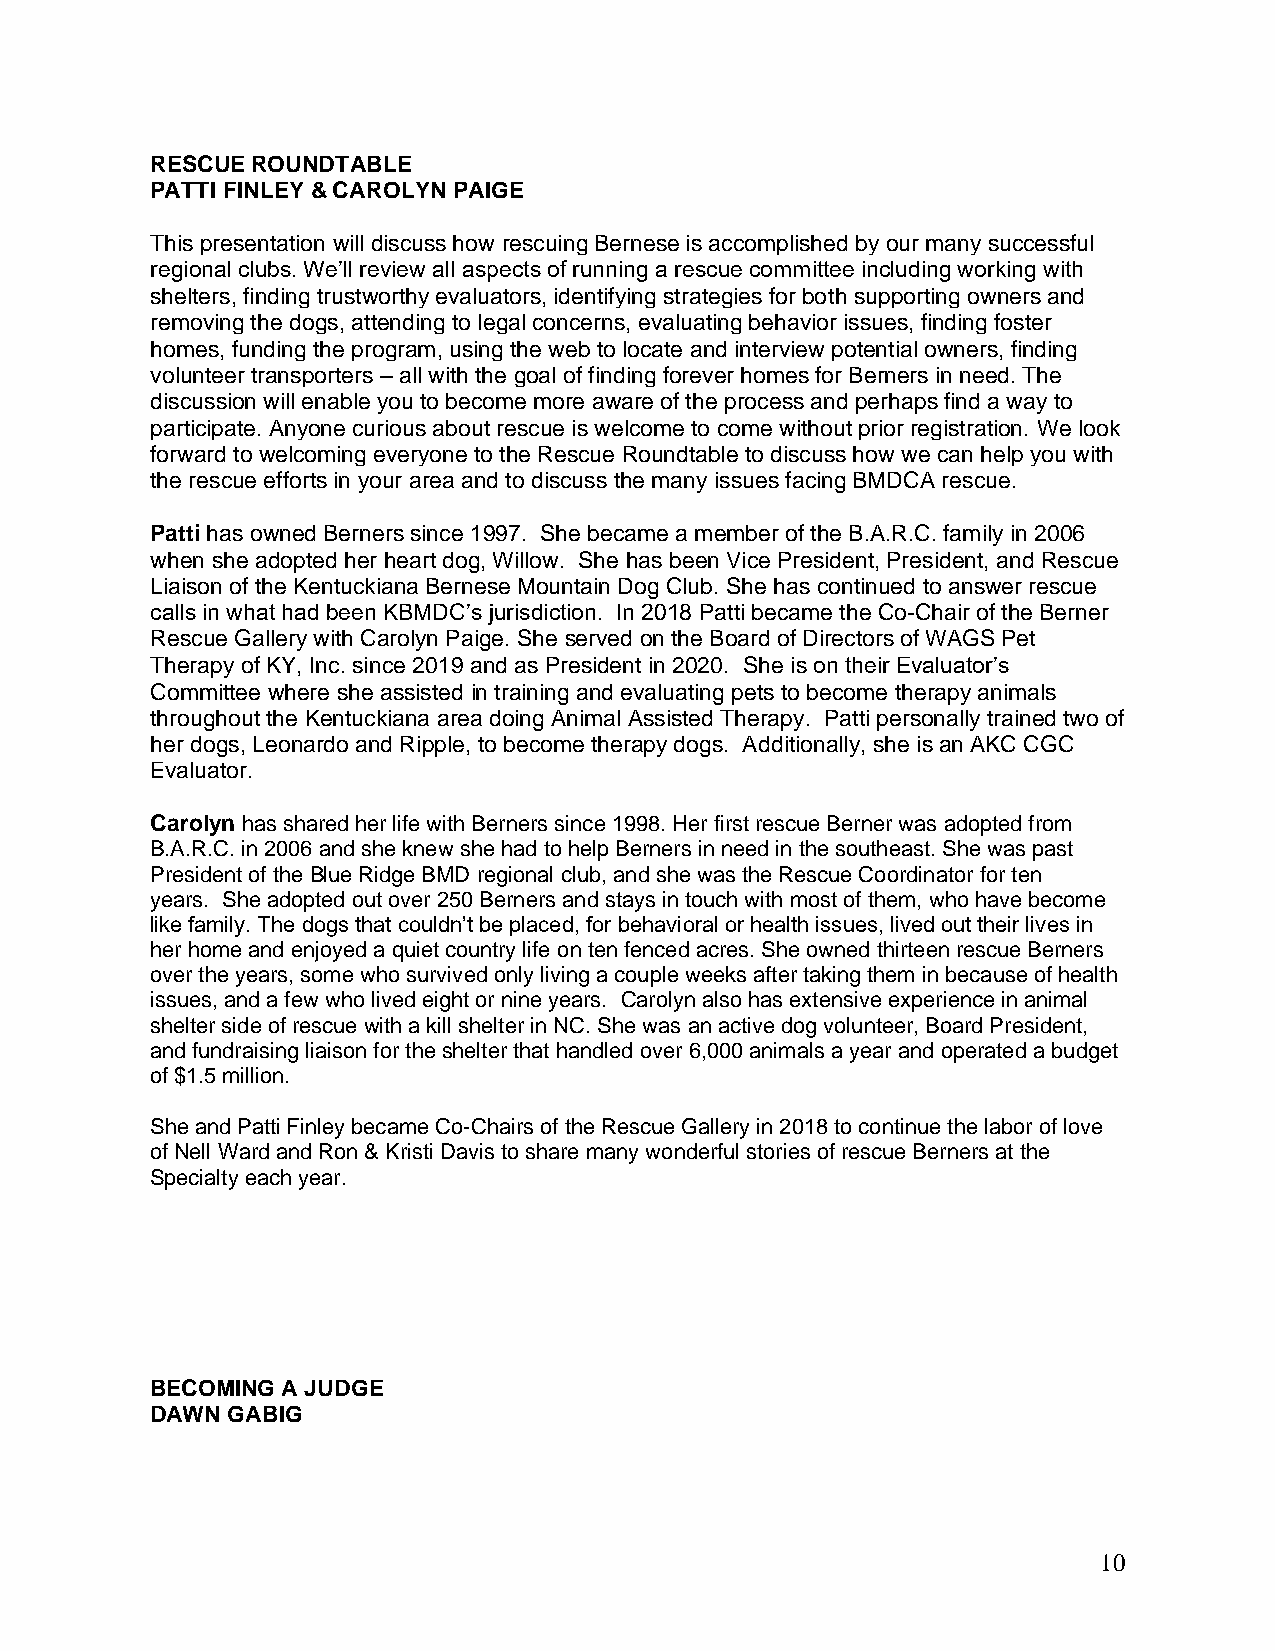
RESCUE ROUNDTABLE
 PATTI FINLEY & CAROLYN PAIGE
 This presentation will discuss how rescuing Bernese is accomplished by our many successful
 regional clubs. We’ll review all aspects of running a rescue committee including working with
 shelters, finding trustworthy evaluators, identifying strategies for both supporting owners and
 removing the dogs, attending to legal concerns, evaluating behavior issues, finding foster
 homes, funding the program, using the web to locate and interview potential owners, finding
 volunteer transporters – all with the goal of finding forever homes for Berners in need. The
 discussion will enable you to become more aware of the process and perhaps find a way to
 participate. Anyone curious about rescue is welcome to come without prior registration. We look
 forward to welcoming everyone to the Rescue Roundtable to discuss how we can help you with
 the rescue efforts in your area and to discuss the many issues facing BMDCA rescue.
 Patti has owned Berners since 1997. She became a member of the B.A.R.C. family in 2006
 when she adopted her heart dog, Willow. She has been Vice President, President, and Rescue
 Liaison of the Kentuckiana Bernese Mountain Dog Club. She has continued to answer rescue
 calls in what had been KBMDC’s jurisdiction. In 2018 Patti became the Co-Chair of the Berner
 Rescue Gallery with Carolyn Paige. She served on the Board of Directors of WAGS Pet
 Therapy of KY, Inc. since 2019 and as President in 2020. She is on their Evaluator’s
 Committee where she assisted in training and evaluating pets to become therapy animals
 throughout the Kentuckiana area doing Animal Assisted Therapy. Patti personally trained two of
 her dogs, Leonardo and Ripple, to become therapy dogs. Additionally, she is an AKC CGC
 Evaluator.
 Carolyn has shared her life with Berners since 1998. Her first rescue Berner was adopted from
 B.A.R.C. in 2006 and she knew she had to help Berners in need in the southeast. She was past
 President of the Blue Ridge BMD regional club, and she was the Rescue Coordinator for ten
 years. She adopted out over 250 Berners and stays in touch with most of them, who have become
 like family. The dogs that couldn’t be placed, for behavioral or health issues, lived out their lives in
 her home and enjoyed a quiet country life on ten fenced acres. She owned thirteen rescue Berners
 over the years, some who survived only living a couple weeks after taking them in because of health
 issues, and a few who lived eight or nine years. Carolyn also has extensive experience in animal
 shelter side of rescue with a kill shelter in NC. She was an active dog volunteer, Board President,
 and fundraising liaison for the shelter that handled over 6,000 animals a year and operated a budget
 of $1.5 million.
 She and Patti Finley became Co-Chairs of the Rescue Gallery in 2018 to continue the labor of love
 of Nell Ward and Ron & Kristi Davis to share many wonderful stories of rescue Berners at the
 Specialty each year.
 BECOMING A JUDGE
 DAWN GABIG
 10